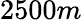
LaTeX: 2500m